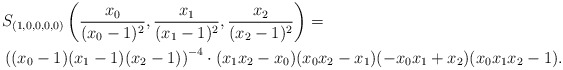
\begin{align*}& S_{(1,0,0,0,0)} \left( \frac{x_0}{(x_0-1)^2}, \frac{x_1}{(x_1-1)^2}, \frac{x_2}{(x_2-1)^2} \right) = \\& \left( (x_0-1)(x_1-1)(x_2 - 1) \right)^{-4} \cdot (x_1x_2 -x_0) (x_0x_2 -x_1) (-x_0x_1 + x_2) (x_0 x_1 x_2 - 1).\end{align*}